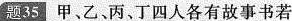
题35 甲、乙、丙、丁四人各有故事书若